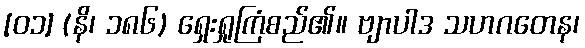
[၀၁] (နိ၊ ၁၈၆) ရှေးရှုကြံစည်၏။ ဗျာပါဒ သဟဂတေန၊